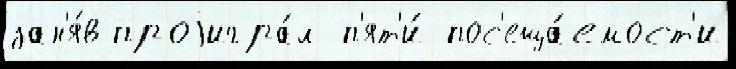
зан'я́в проjигра́л п'ят'и́ пос'еща́емост'и